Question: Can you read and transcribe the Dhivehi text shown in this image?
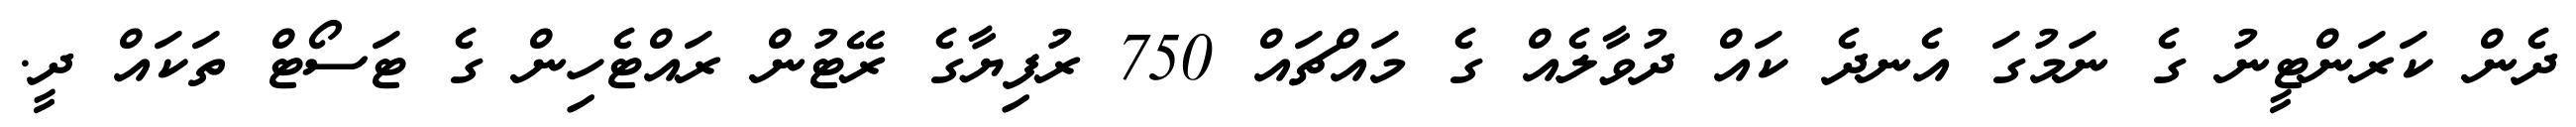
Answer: ދެން ކަރަންޓީނު ގެ ނަމުގަ އެނދެ ކައް ދުވާލެއް ގެ މައްޗައް 750 ރުފިޔާގެ ރޭޓުން ރައްޓެހިން ގެ ޓަސޯޓް ތަކައް ދީ.